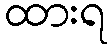
ထားရ